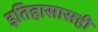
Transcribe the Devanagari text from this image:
इतिहासासही